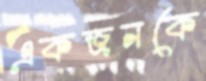
একজনকে